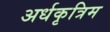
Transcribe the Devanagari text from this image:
अर्धकृत्रिम